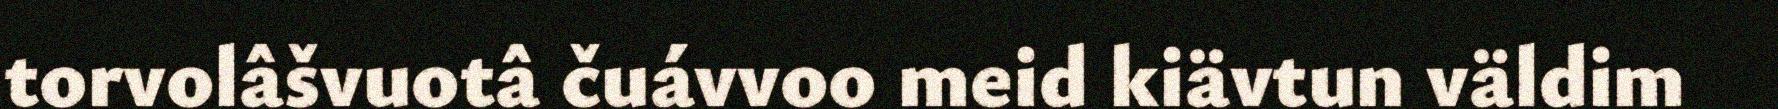
torvolâšvuotâ čuávvoo meid kiävtun väldim